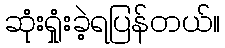
ဆုံးရှုံးခဲ့ရပြန်တယ်။